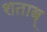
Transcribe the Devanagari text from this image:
शताब्